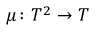
\mu \colon T ^ { 2 } \to T